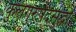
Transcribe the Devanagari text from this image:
कुलगुरुपदसुद्धा